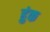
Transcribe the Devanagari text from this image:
हुंक